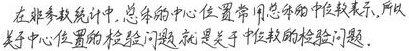
在非参数统计中,总体的中心位置常用总体的中位数表示,所以
关于中心位置的检验问题就是关于中位数的检验问题.